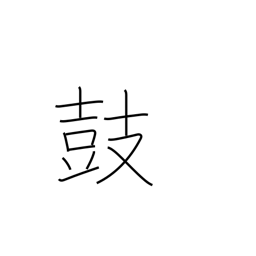
Meaning: muster